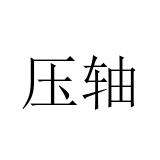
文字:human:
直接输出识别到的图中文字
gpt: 压轴